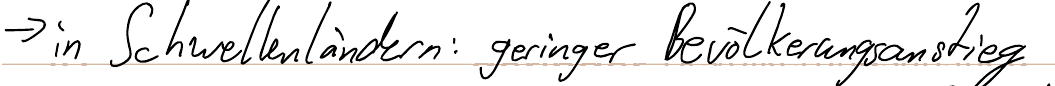
-> in Schwellenländern: geringer Bevölkerungsanstieg